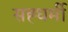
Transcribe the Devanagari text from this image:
सह्धर्मी